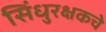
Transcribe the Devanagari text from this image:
सिंधुरक्षकचे